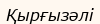
Қырғызәлі